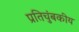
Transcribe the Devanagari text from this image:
प्रतिचुंबकीय